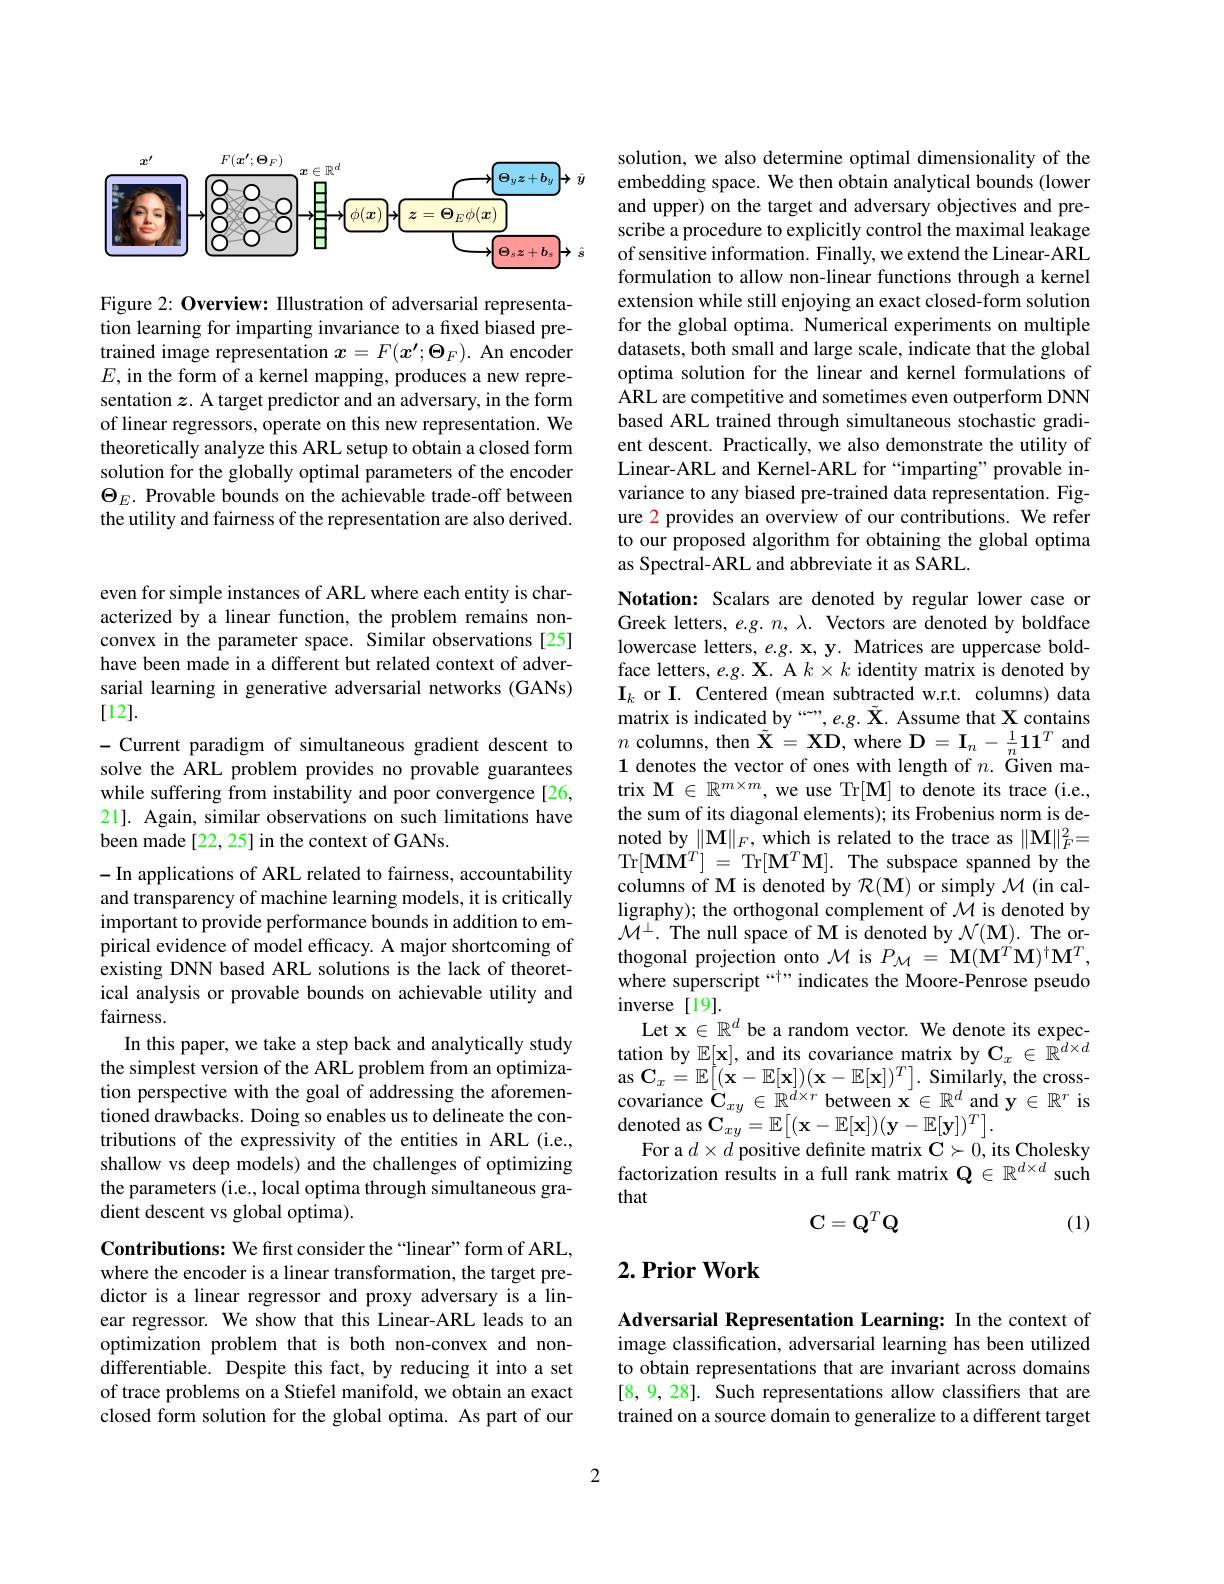
<FigureHere>

Figure 2: Overview: Illustration of adversarial representation learning for imparting invariance to a fixed biased pretrained image representation $\boldsymbol x=F(\boldsymbol{x^{\prime}};\boldsymbol{\Theta}_F).$ An encoder $E$,in the form of a kernel mapping, produces a new representation $z$. A target predictor and an adversary, in the form of linear regressors, operate on this new representation. We theoretically analyze this ARL setup to obtain a closed form solution for the globally optimal parameters of the encoder $\Theta_{E}.$ Provable bounds on the achievable trade-off between the utility and fairness of the representation are also derived.

even for simple instances of ARL where each entity is characterized by a linear function, the problem remains nonconvex in the parameter space. Similar observations[25] have been made in a different but related context of adversarial learning in generative adversarial networks (GANs) [12].
- Current paradigm of simultaneous gradient descent to solve the ARL problem provides no provable guarantees while suffering from instability and poor convergence[26, 21]. Again, similar observations on such limitations have been made[22, 25] in the context of GANs.
-In applications of ARL related to fairness, accountability and transparency of machine learning models, it is critically important to provide performance bounds in addition to empirical evidence of model efficacy. A major shortcoming of existing DNN based ARL solutions is the lack of theoretical analysis or provable bounds on achievable utility and fairness.
In this paper, we take a step back and analytically study the simplest version of the ARL problem from an optimization perspective with the goal of addressing the aforementioned drawbacks. Doing so enables us to delineate the contributions of the expressivity of the entities in ARL (i.e., shallow vs deep models) and the challenges of optimizing the parameters (i.e., local optima through simultaneous gradient descent vs global optima).
Contributions: We first consider the“linear”form of ARL, where the encoder is a linear transformation, the target predictor is a linear regressor and proxy adversary is a linear regressor. We show that this Linear-ARL leads to an optimization problem that is both non-convex and non-

differentiable. Despite this fact, by reducing it into a set of trace problems on a Stiefel manifold, we obtain an exact closed form solution for the global optima. As part of our

solution, we also determine optimal dimensionality of the embedding space. We then obtain analytical bounds (lower and upper) on the target and adversary objectives and prescribe a procedure to explicitly control the maximal leakage of sensitive information. Finally, we extend the Linear-ARL formulation to allow non-linear functions through a kernel extension while still enjoying an exact closed-form solution for the global optima. Numerical experiments on multiple datasets, both small and large scale, indicate that the global optima solution for the linear and kernel formulations of ARL are competitive and sometimes even outperform DNN based ARL trained through simultaneous stochastic gradient descent. Practically, we also demonstrate the utility of Linear-ARL and Kernel-ARL for “imparting” provable invariance to any biased pre-trained data representation. Figure 2 provides an overview of our contributions. We refer to our proposed algorithm for obtaining the global optima as Spectral-ARL and abbreviate it as SARL.

Notation: Scalars are denoted by regular lower case or Greek letters, e.g. $n,\lambda.$ Vectors are denoted by boldface lowercase letters, e.g. x, y. Matrices are uppercase boldface letters, e.g. X. A $k\times k$ identity matrix is denoted by $\mathbf{I}_k$ or I. Centered (mean subtracted w.r.t. columns) data matrix is indicated by $````````````,e.g.\tilde{\mathbf{X}}.$ Assume that X contains $n$ columns, then $\tilde{\mathbf{X}}=\mathbf{XD}$, where $\mathbf{D}=\mathbf{I}_n-\frac1n\mathbf{11}^T$ and 1 denotes the vector of ones with length of $n.$ Given matrix $\mathbf{M}\in\mathbb{R}^{m\times m}$, we use Tr[M] to denote its trace (i.e., the sum of its diagonal elements); its Frobenius norm is denoted by $\|\mathbf{M}\|_F$, which is related to the trace as $\|\mathbf{M}\|_F^2=$ Tr$[ \mathbf{MM}^T]$ =Tr$[\mathbf{M}^T\mathbf{M}].$The subspace spanned by the columns of M is denoted by $\mathcal{R}(\mathbf{M})$ or simply $\mathcal{M}($in calligraphy); the orthogonal complement of $\mathcal{M}$ is denoted by $\mathcal{M}^{\perp}.$ The null space of M is denoted by $\mathcal{N}(\mathbf{M}).$ The orthogonal projection onto $\mathcal{M}$ is $P_{\mathcal{M}}=\mathbf{M}(\dot{\mathbf{M}}^{T}\mathbf{M})^{\dagger}\mathbf{M}^{T}$, where superscript “t” indicates the Moore-Penrose pseudo inverse [19].
Let $\mathbf{x}\in\mathbb{R}^d$ be a random vector. We denote its expectation by $\mathbb{E}[\mathbf{x}]$, and its covariance matrix by $\mathbf{C}_x\in\mathbb{R}^{d\times d}$ as $\mathbf{C} _{x}= \mathbb{E} \left [ ( \mathbf{x} - \mathbb{E} [ \mathbf{x} ] ) ( \mathbf{x} - \mathbb{E} [ \mathbf{x} ] ) ^{T}\right ] .$ Similarly, the cross- covariance $\overset{\downarrow}{\operatorname*{\overset{\downarrow}{\operatorname*{C}}}}_{xy}\in\mathbb{R}^{d\times r}$ between $\mathbf{x}\in\mathbb{R}^d$ and $\mathbf{y}\in\mathbb{R}^r$ is ${\mathrm{denoted~as~C}}_{xy}= \mathbb{E} \left [ ( \mathbf{x} - \mathbb{E} [ \mathbf{x} ] ) ( \mathbf{y} - \mathbb{E} [ \mathbf{y} ] ) ^{T}\right ] .$
For a $d\times d$ positive definite matrix $\mathbf{C}\succ0$, its Cholesky factorization results in a full rank matrix $\mathbb{Q}\in\mathbb{R}^d\times d$ such that
$$\mathbf{C}=\mathbf{Q}^T\mathbf{Q}$$
(1)

## $2. \textbf{Prior Work}$

Adversarial Representation Learning: In the context of image classification, adversarial learning has been utilized to obtain representations that are invariant across domains [8,9,28]. Such representations allow classifiers that are trained on a source domain to generalize to a different target

2